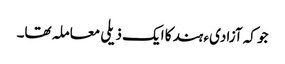
جو کہ آزادیء ہند کا ایک ذیلی معاملہ تھا۔